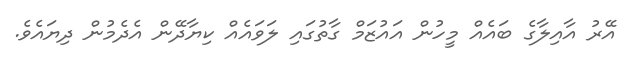
އޭރު އާއިލާގެ ބައެއް މީހުން އައުޒަމް ގާތުގައި ލަވައެއް ކިޔާދޭން އެދެމުން ދިޔައެވެ.